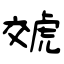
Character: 虠